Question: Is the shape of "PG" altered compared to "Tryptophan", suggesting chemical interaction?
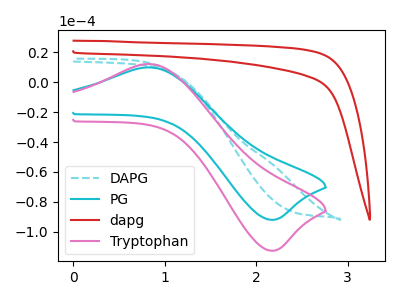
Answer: <think>The cyan dashed curve "DAPG" has no peaks. The cyan curve "PG" has an anodic peak at (0.80V, 9.95uA) and a cathodic peak at (2.15V, -92.05uA). The red curve "dapg" has no peaks. The pink curve "Tryptophan" has an anodic peak at (0.80V, 12.20uA) and a cathodic peak at (2.15V, -112.75uA).
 All the peaks in "PG" have a peak in "Tryptophan" at the same potential. Every peak in "PG" is lower than every peak in "Tryptophan".</think>
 <answer>No, "PG" and "Tryptophan" don't appear to be significantly different in shape</answer>
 <eval>no_change</eval>